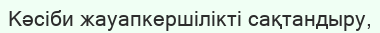
Кәсіби жауапкершілікті сақтандыру,